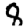
Digit: 8